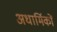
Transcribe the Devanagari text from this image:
अधार्मिकों